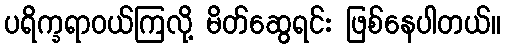
ပရိက္ခရာဝယ်ကြလို့ မိတ်ဆွေရင်း ဖြစ်နေပါတယ်။